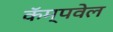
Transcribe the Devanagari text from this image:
कॅम्पवेल